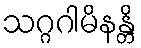
သဂ္ဂဂါမိနန္တိ